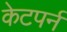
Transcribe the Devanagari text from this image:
केटपर्न